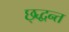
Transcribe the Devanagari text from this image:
छ्द्धन्त